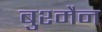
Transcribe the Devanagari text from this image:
बुश्मैन